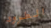
الطرود